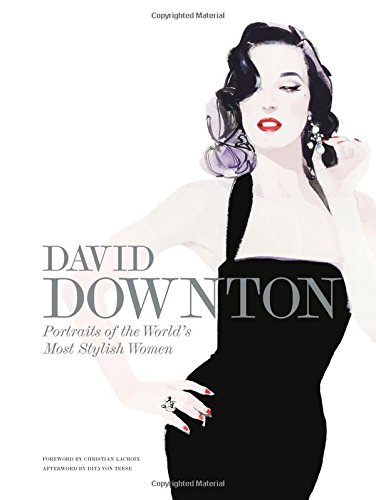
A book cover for David Downton Portraits of the World's Most Stylish Women; David Downton; Arts & Photography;